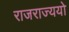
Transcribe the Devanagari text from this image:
राजराज्ययो